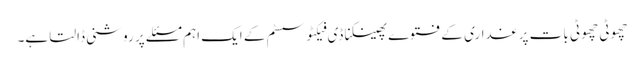
چھوٹی چھوٹی بات پر غداری کے فتوے پھینکنا ڈی فیکٹو سسٹم کے ایک اہم مسئلے پر روشنی ڈالتا ہے۔